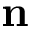
\mathbf { n }